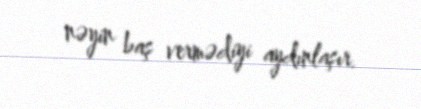
nəyin baş vermədiyi aydınlaşır.